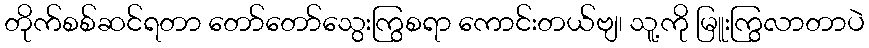
တိုက်စစ်ဆင်ရတာ တော်တော်သွေးကြွစရာ ကောင်းတယ်ဗျ၊ သူ့ကို မြူးကြွလာတာပဲ